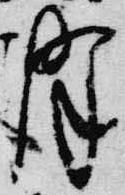
降